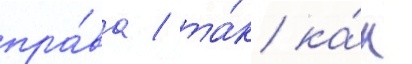
пра́ва / та́к ка́к